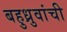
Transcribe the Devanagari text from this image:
बहुध्रुवांची